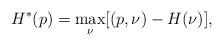
LaTeX: \begin{align*}H^*(p)=\max_\nu[(p,\nu) -H(\nu)],\end{align*}